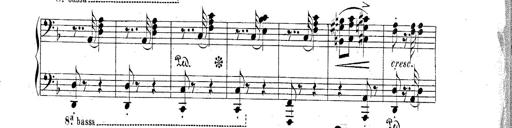
Title: Hungarian Rhapsody No.2
Composer: Franz Liszt
Key: C-sharp minor